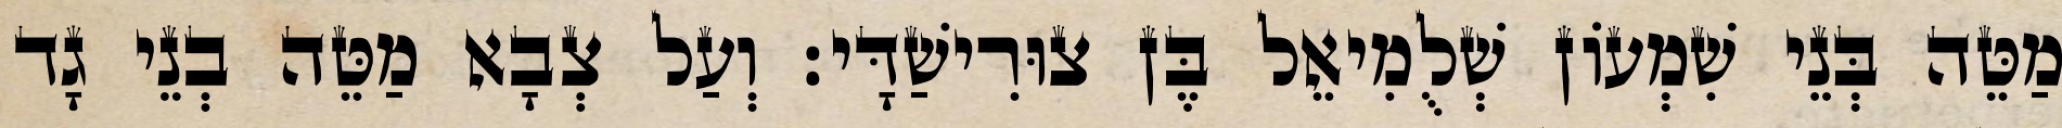
מַטֵּה בְּנֵי שִׁמְעוֹן שְׁלֻמִיאֵל בֶּן צוּרִישַׁדָּי׃ וְעַל צְבָא מַטֵּה בְנֵי גָד